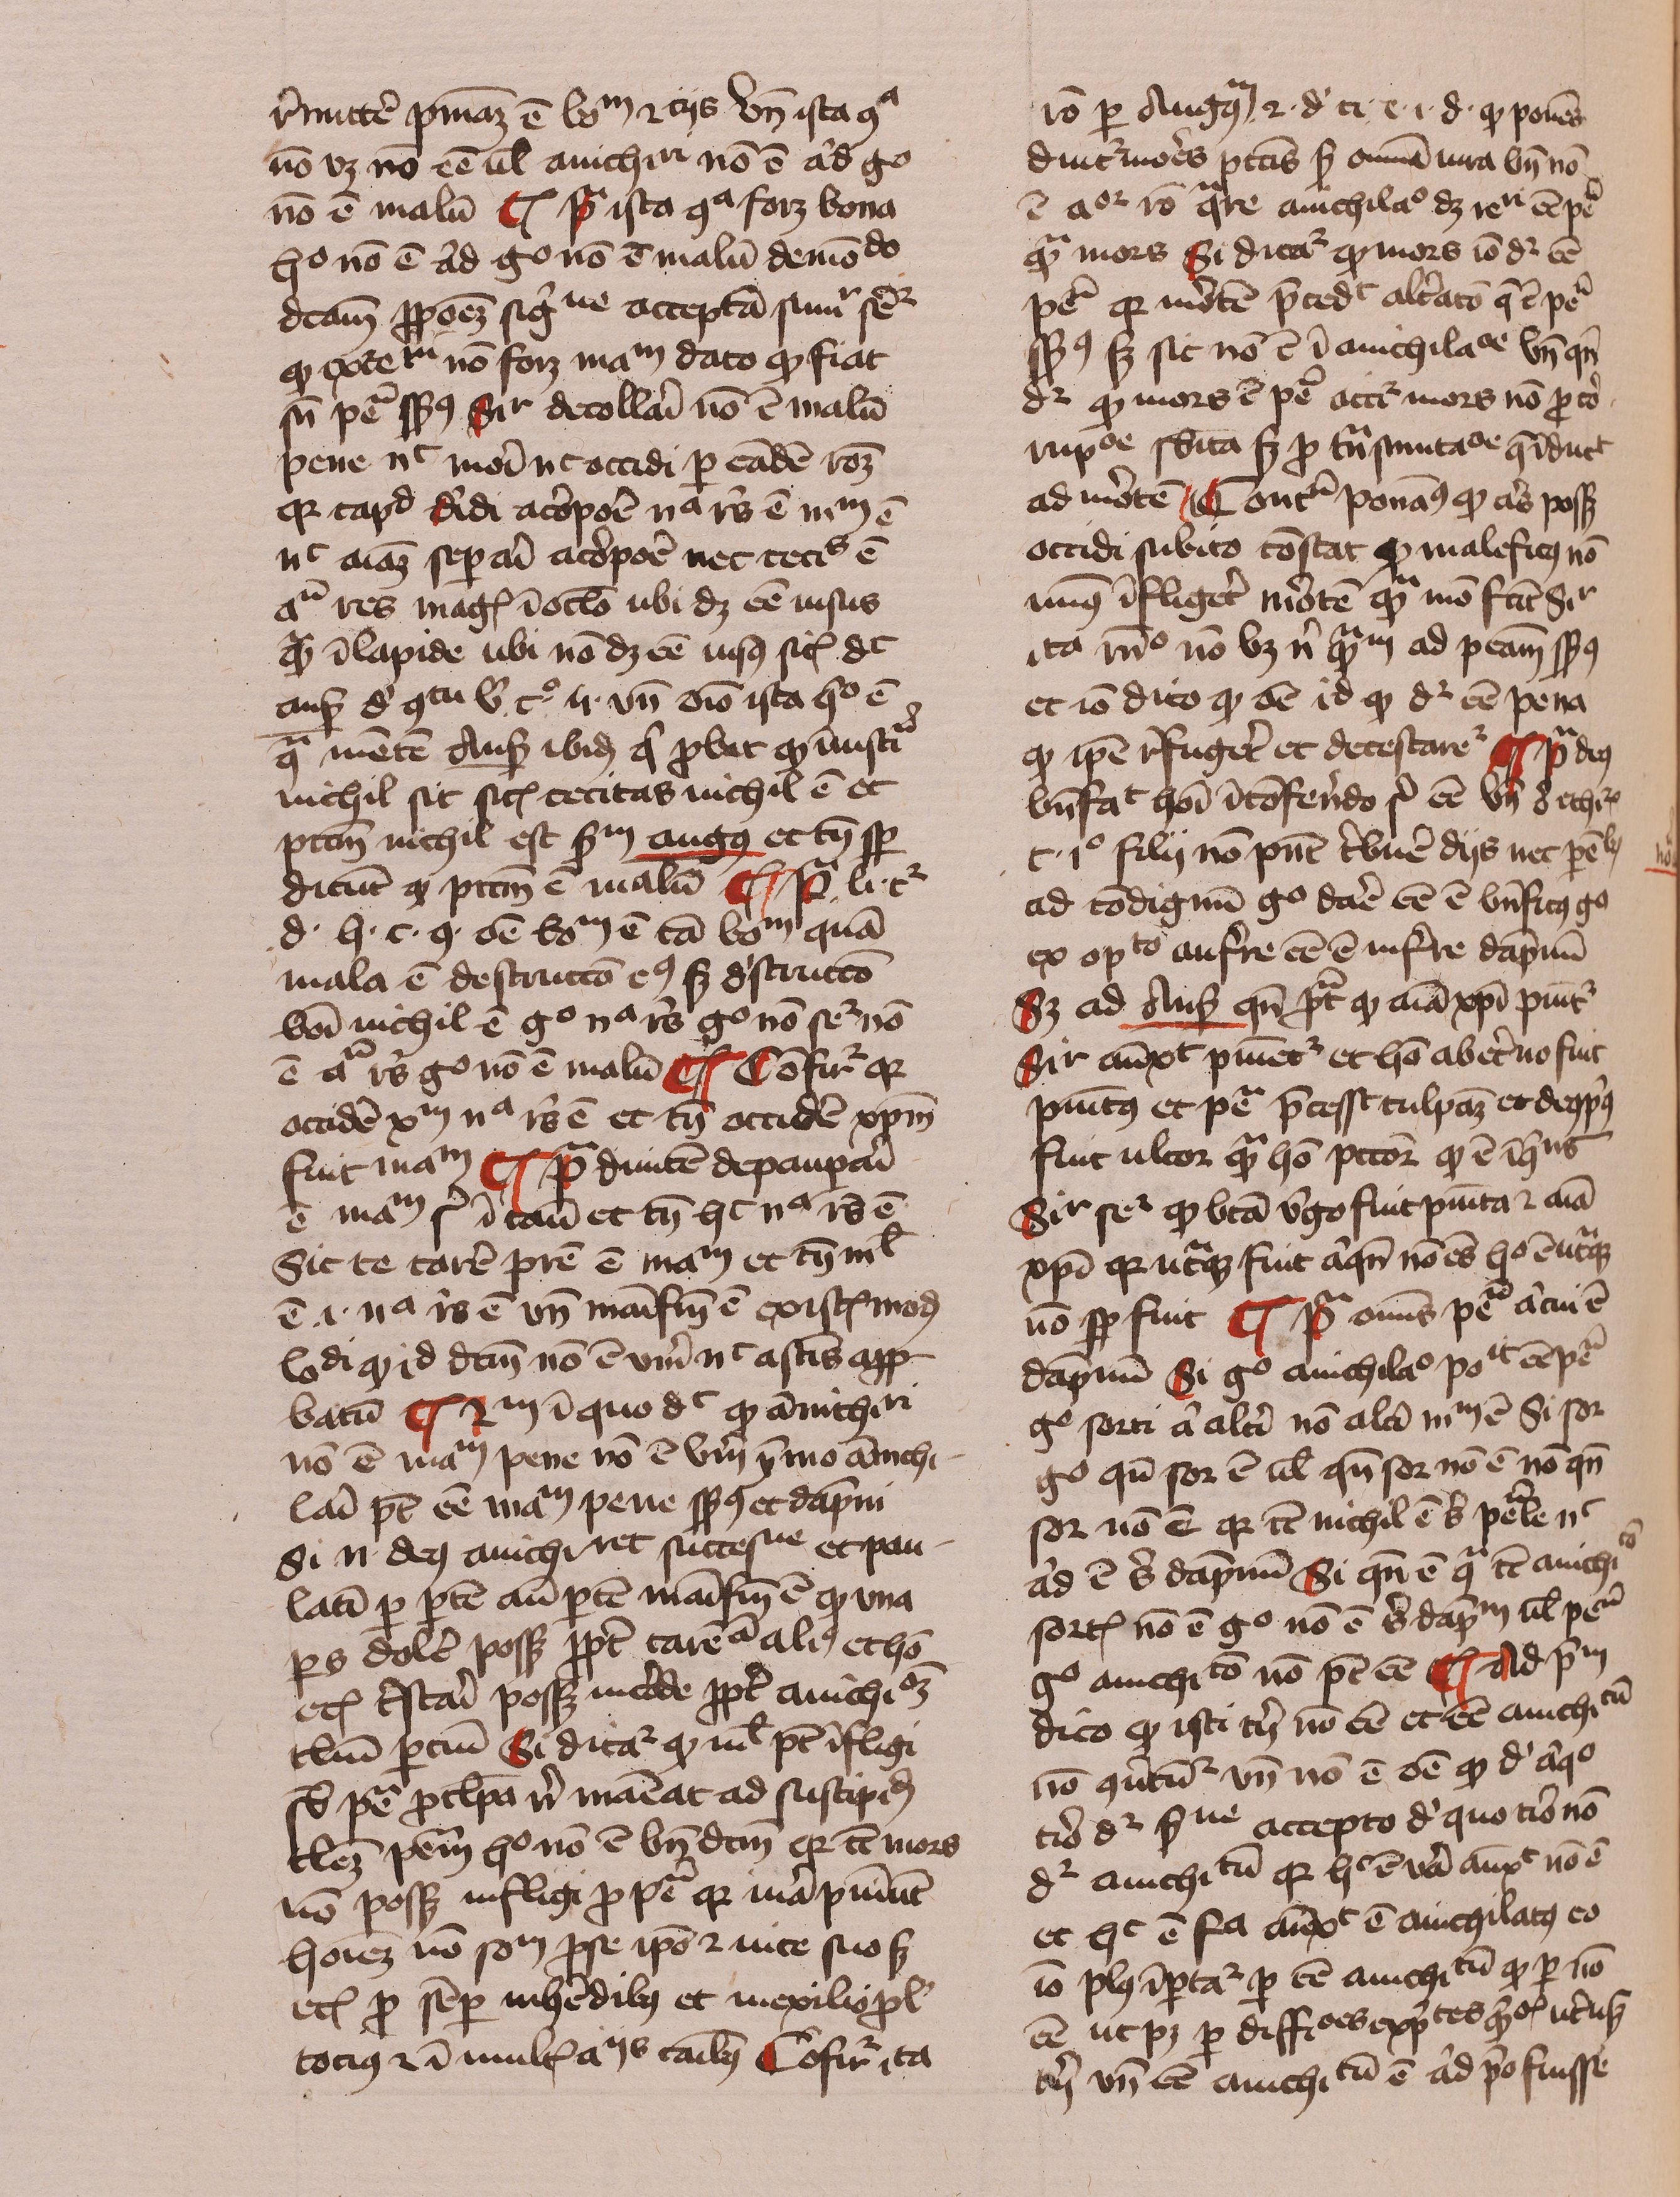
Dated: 1429–1431